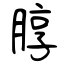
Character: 朜